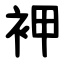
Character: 䘥